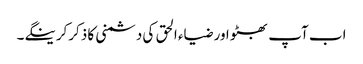
اب آپ بھٹو اور ضیاء الحق کی دشمنی کا ذکرکرینگے۔